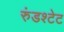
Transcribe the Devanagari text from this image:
रुंडश्टेट